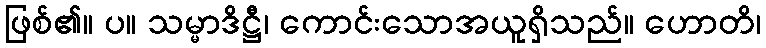
ဖြစ်၏။ ပ။ သမ္မာဒိဋ္ဌီ၊ ကောင်းသောအယူရှိသည်။ ဟောတိ၊